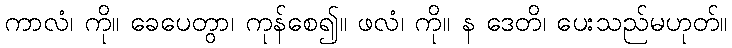
ကာလံ၊ ကို။ ခေပေတွာ၊ ကုန်စေ၍။ ဖလံ၊ ကို။ န ဒေတိ၊ ပေးသည်မဟုတ်။